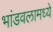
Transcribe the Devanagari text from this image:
भांडवलामध्ये